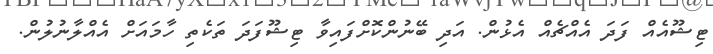
ޓިޝޫއެއް ފަދަ އެއްޗެއް އެޅުން. އަދި ބޭނުންކޮށްފައިވާ ޓިޝޫފަދަ ތަކެތި ހާމައަށް އެއްލާނުލުން.